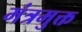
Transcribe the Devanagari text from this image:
मंत्रमुक्त